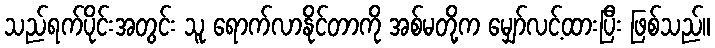
သည်ရက်ပိုင်းအတွင်း သူ ရောက်လာနိုင်တာကို အစ်မတို့က မျှော်လင့်ထားပြီး ဖြစ်သည်။